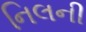
નિલની